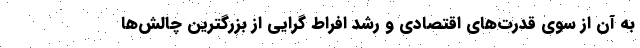
به آن از سوی قدرت‌های اقتصادی و رشد افراط گرایی از بزرگترین چالش‌ها